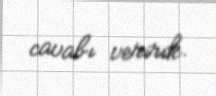
cavabı veririk.